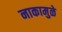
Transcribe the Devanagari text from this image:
नाकामुळे